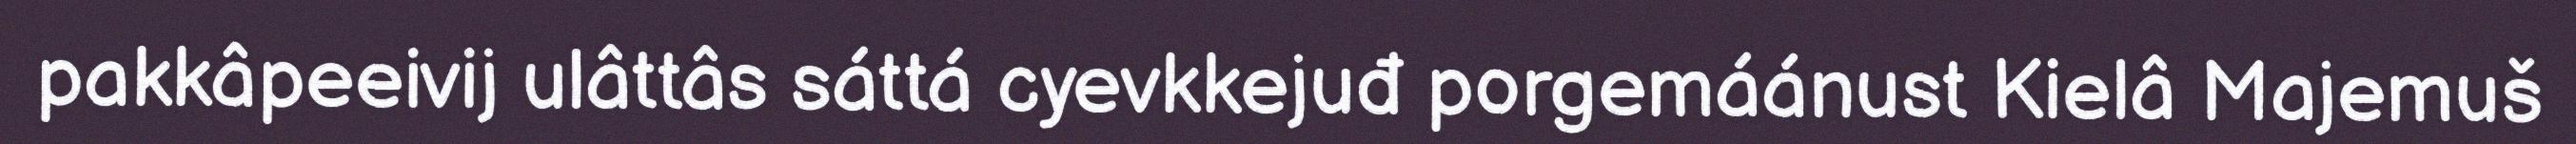
pakkâpeeivij ulâttâs sáttá cyevkkejuđ porgemáánust Kielâ Majemuš